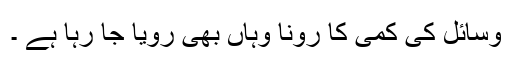
وسائل کی کمی کا رونا وہاں بھی رویا جا رہا ہے ۔